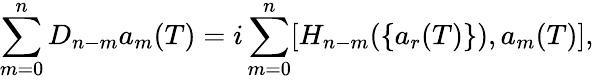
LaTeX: \sum_{m=0}^{n}D_{n-m}a_{m}(T)=i\sum_{m=0}^{n}[H_{n-m}(\{ a_{r}(T)\} ),a_{m}(T)],